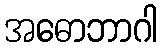
အဓောဘာဂါ